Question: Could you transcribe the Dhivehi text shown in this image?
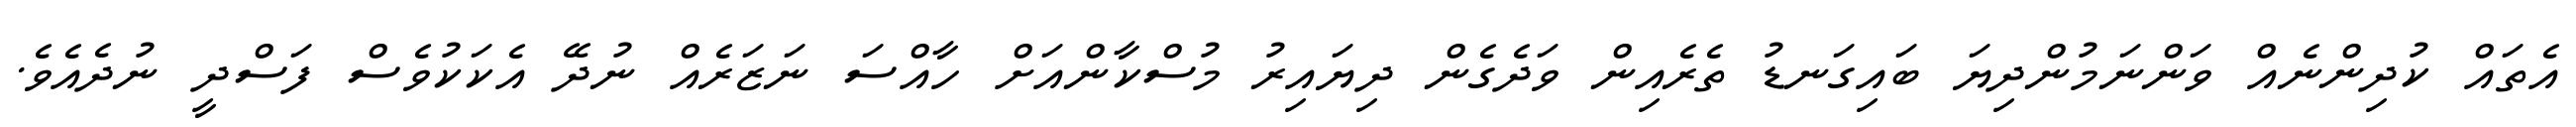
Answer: އެތައް ކުދިންނެއް ވަންނަމުންދިޔަ ބައިގަނޑު ތެރެއިން ވަދެގެން ދިޔައިރު މުސްކާންއަށް ހާއްސަ ނަޒަރެއް ނުދޭ އެކަކުވެސް ފަސްދީ ނުދެއެވެ.